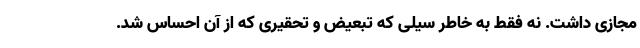
مجازی داشت. نه فقط به خاطر سیلی که تبعیض و تحقیری که از آن احساس شد.